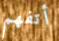
أتفهم